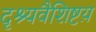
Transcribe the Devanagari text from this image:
दृश्यवैशिष्टय़